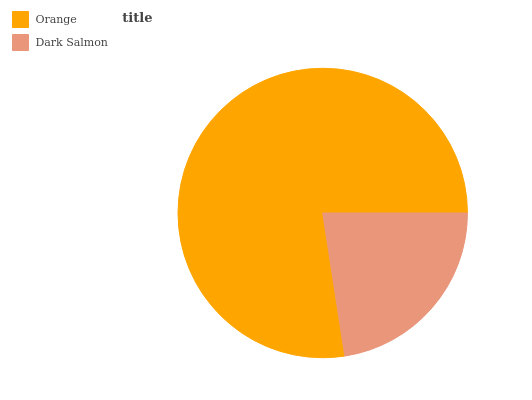
| Orange | Dark Salmon |
 | --- | --- |
 | 77.4% | 22.6% |